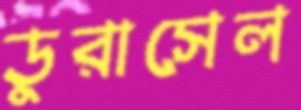
ডুরাসেল